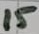
Text: 15